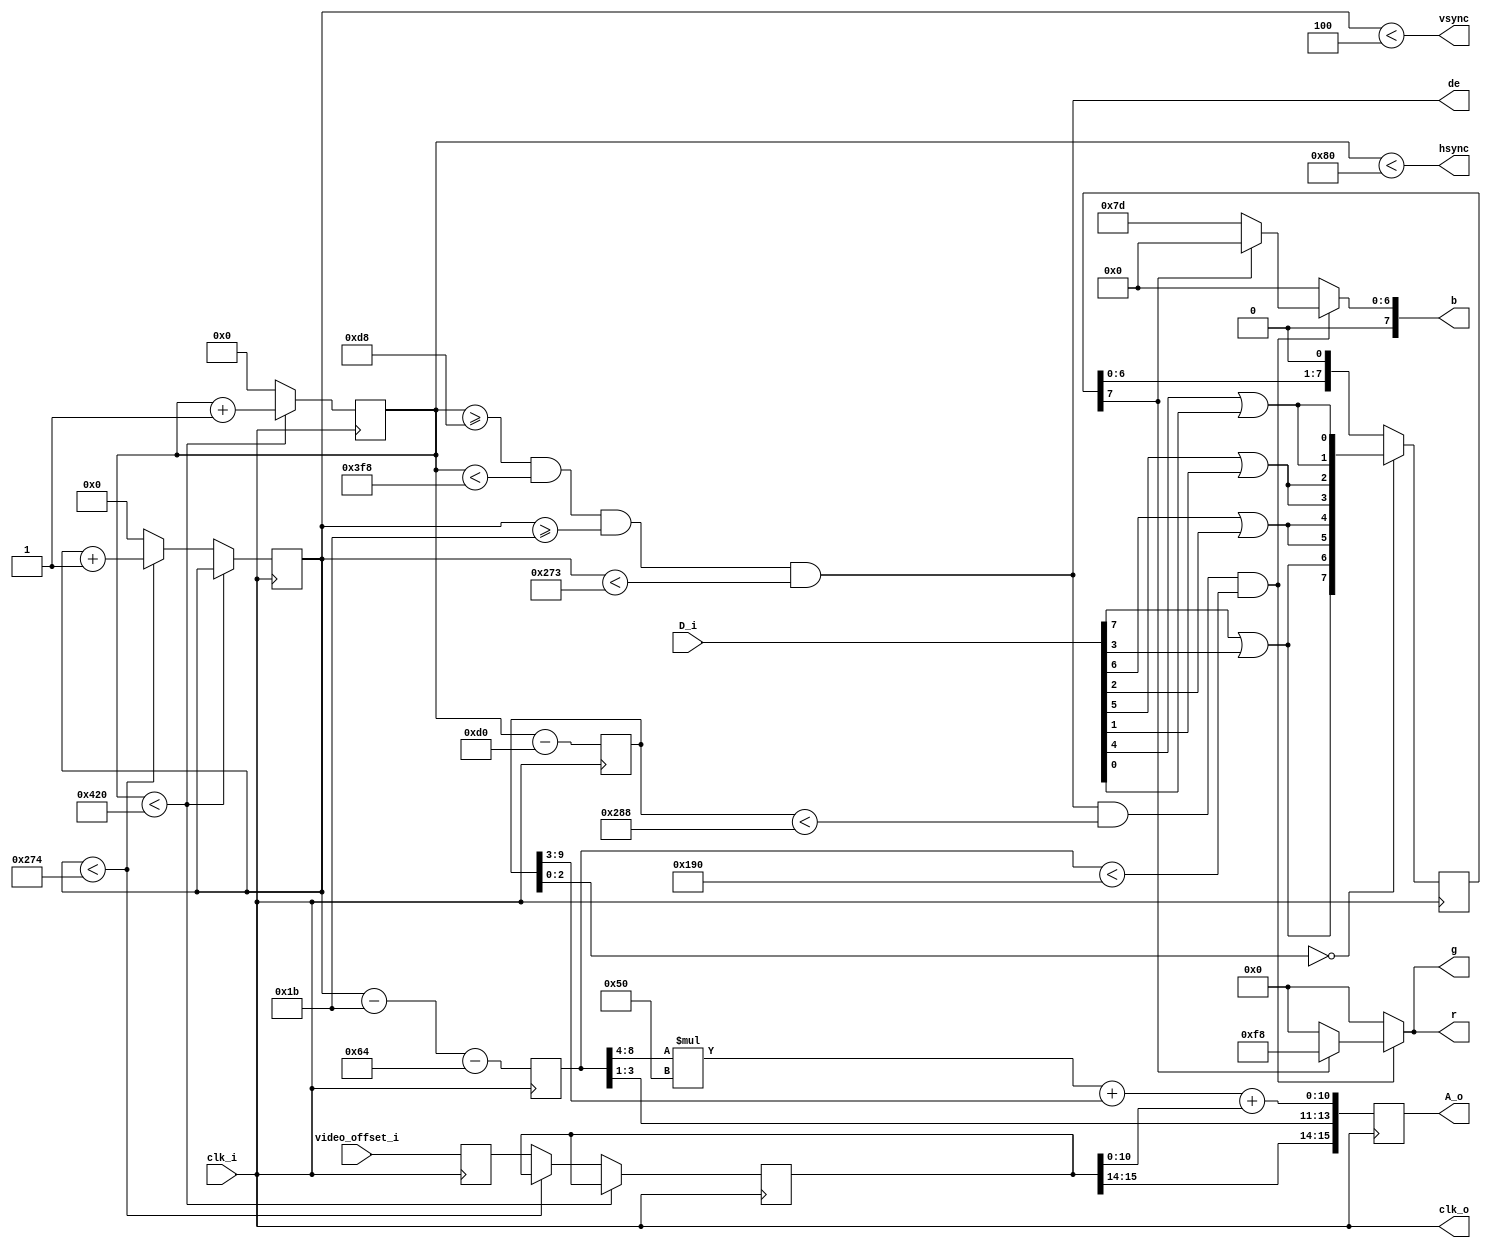
module video(
	input clk_i,
	output hsync,
	output vsync,
	output de,
	output clk_o,
	output [7:0] r,
	output [7:0] g,
	output [7:0] b,
	output [15:0] A_o,
	input [7:0] D_i,
	input [15:0] video_offset_i
	);

	parameter offset_x = 80;
	parameter offset_y = 100;
	
	// Wire definitions ===========================================================================

	// Registers ==================================================================================
	reg [10:0] hor = 0;
	reg [9:0] ver = 0;
	reg [10:0] pixel_x;
	reg [9:0] pixel_y;
	reg [15:0] video_offset;
	reg [15:0] video_offset_delay;
	
	reg [15:0] A = 0;
	reg [7:0] rs = 0;
	reg [7:0] gs = 0;
	reg [7:0] bs = 0;
	// Assignments ================================================================================

	assign A_o = A;
	
	// Module connections =========================================================================
	
	// Simulation branches and control ============================================================
	
	// Other logic ================================================================================

	// Synchronizer chain for offset
	always @(negedge clk_i) video_offset_delay <= video_offset_i;
	
	// Move the counters
	always @(negedge clk_i)
	begin
		if( hor < 11'd1056 )
			hor <= hor + 1'b1;
		else begin
			hor <= 11'd0;
			//ver <= (ver < 628) ? ver + 1'b1 : 1'b0;
			if( ver < 628 )
			begin
				ver <= ver + 1'b1;
				bs <= bs - 1'b1;
			end else begin
				ver <= 0;
				bs <= 0;
				video_offset = video_offset_delay;
			end
		end
	end

	// Valid during screen on
	assign de = (hor >= 216) && (hor < 1016) && (ver >= 27) && (ver < 627);
	
	// Syncs
	assign hsync = (hor < 128);	// Pos sync
	assign vsync = (ver < 4);		// Pos sync
	
	// Clock
	assign clk_o = clk_i;
	
	// Generate picture here =========================
	always @(posedge clk_i)
	begin
		// Display (DE) starts at pixel 216, so give us the timespan of 8 pixels
		// To gather the data for the display, then pipeline the output
		pixel_x <= hor - 11'd208;	// Not 216
		pixel_y <= ver - 10'd27 - offset_y;
	end
	
	// Convert X/Y to Address
	wire [8:0] row = pixel_y[9:1];	// Duplicate rows
	// Weird CPC offsets, every row is 2048 bytes offset
	wire [10:0] Ay = (row[7:3] * 80);
	wire [10:0] Axy = Ay + pixel_x[9:3];	// Div pixels by 8
	wire [10:0] Atotal = Axy + video_offset[10:0];
	// Set the address on negative clock because memory is strobed on positive clock
	always @(negedge clk_i) A <= {video_offset[15:14], row[2:0], Atotal};
	
	// Calculate the pixel (assume mode 1, so pixels 1+2,3+4,5+6,7+8 are duplicated)
	// Don't care which color, so OR the bits, if not pen 0 then display
	reg [0:7] pixels;
	always @(negedge clk_i)
		if ( pixel_x[2:0] == 3'd0 )
			pixels <= 
				{
					D_i[7] | D_i[3], D_i[7] | D_i[3],
					D_i[6] | D_i[2], D_i[6] | D_i[2],
					D_i[5] | D_i[1], D_i[5] | D_i[1],
					D_i[4] | D_i[0], D_i[4] | D_i[0]
				};
		else
			pixels <= {pixels[1:7],1'b0};	// Shift
	
	// Use 648 as the last pixel location because pipeline needs 8 bits to read the memory
	// So the end of the display is 8 pixels after the last pixel set has been obtained
	wire en = de && (pixel_x < 10'd648) && (pixel_y < 10'd400);

	assign r = (en) ? ((pixels[0]) ? 8'hf8 : 8'h0) : 8'd0;
	assign g = (en) ? ((pixels[0]) ? 8'hf8 : 8'h0) : 8'd0;
	assign b = (en) ? ((pixels[0]) ? 8'h00 : 8'h7d) : 8'd0;
/*
	assign r = (en) ? ((pixels[0]) ? 8'h00 : 8'hff) : 8'd0;
	assign g = (en) ? ((pixels[0]) ? 8'h00 : 8'hff) : 8'd0;
	assign b = (en) ? ((pixels[0]) ? 8'h00 : 8'hff) : 8'd0;
*/	
endmodule